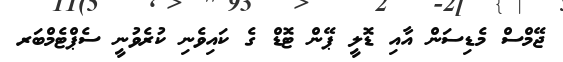
ޖޭމްސް މެޑިސަން އާއި ޑޮލީ ޕޭން ޓޮޑް ގެ ކައިވެނި ކުރެވުނީ ސެޕްޓެމްބަރ